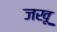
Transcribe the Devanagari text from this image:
जखू